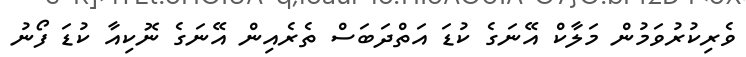
ވެރިކުރުވަމުން މަލާކް އޭނަގެ ކުޑަ އަތްދަބަސް ތެރެއިން އޭނަގެ ނޮކިއާ ކުޑަ ފޯނު